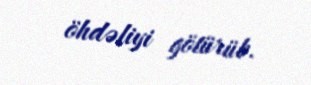
öhdəliyi götürüb.